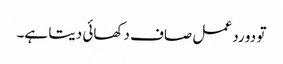
تو دو رد عمل صاف دکھائی دیتا ہے۔